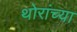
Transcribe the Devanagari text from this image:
थोरांच्या